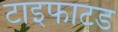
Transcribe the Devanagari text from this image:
टाइफाटड